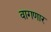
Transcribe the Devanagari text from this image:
वागणार